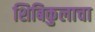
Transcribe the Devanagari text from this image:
शिबिकुलाचा